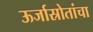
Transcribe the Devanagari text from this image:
ऊर्जास्रोतांचा